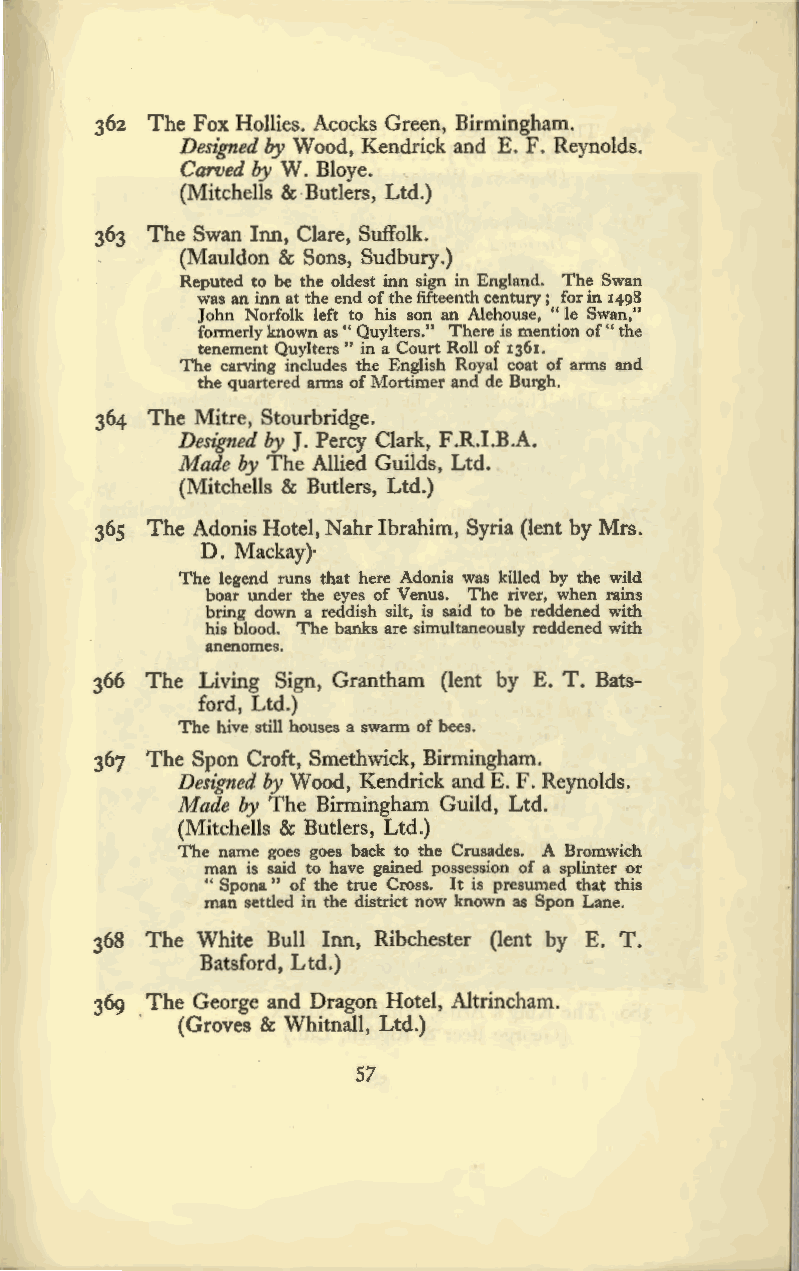
362 The Fox Hollies. Acocks Green, Birmingham.
 Designed by Wood, Kendrick and E. F. Reynolds.
 Carved by W. Bloye.
 (Mitchells & Butlers, Ltd.)
 363 The Swan Inn, Clare, Suffolk.
 (Mauldon & Sons, Sudbury.)
 Reputed to be the oldest inn sign in England. The Swan
 was an inn at the end of the fifteenth century; for in 1498
 John Norfolk left to his son an Alehouse, " le Swan,"
 formerly known as" Quylters." There is mention of" the
 tenement Quylters" in a Court Roll of 1361.
 The carving includes the English Royal coat of arms and
 the quartered aims of Mortimer and de Burgh.
 364 The Mitre, Stourbridge.
 Designed by J. Percy Clark, F .R.I .B .A.
 Made by The Allied Guilds, Ltd.
 (Mitchells & Butlers, Ltd.)
 365 The Adonis Hotel, Nahr Ibrahim, Syria (lent by Mrs.
 D. Mackay)·
 The legend runs that here Adonis was killed by the wild
 boar under the eyes of Venus. The river, when rains
 bring down a reddish silt, is said to be reddened with
 his blood. The banks are simultaneously reddened with
 anenomes.
 366 The Living Sign, Grantham (lent by E. T. Bats
 ford, Ltd.)
 The hive still houses a swarm of bees.
 367 The Spon Croft, Smethwick, Birmingham.
 Designed by Wood, Kendrick and E. F. Reynolds.
 Made by The Birmingham Guild, Ltd.
 (Mitchells & Butlers, Ltd.)
 The name goes goes back to the Crusades. A Bromwich
 man is said to have gained possession of a splinter or
 " Spona " of the true Cross. It is presumed that this
 man settled in the district now known as Spon Lane.
 368 The White Bull Inn, Ribchester (lent by E. T.
 Batsford, Ltd.)
 369 The George and Dragon Hotel, Altrincham.
 ·  (Groves & Whitnall, Ltd.)
 57